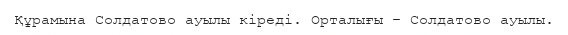
Құрамына Солдатово ауылы кіреді. Орталығы – Солдатово ауылы.